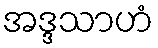
အဒ္ဒသာဟံ